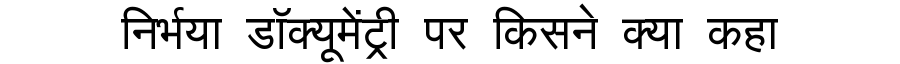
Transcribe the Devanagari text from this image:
निर्भया डॉक्यूमेंट्री पर किसने क्या कहा